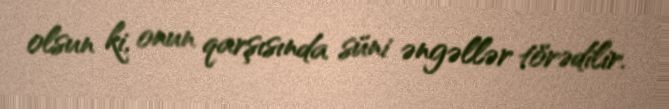
olsun ki, onun qarşısında süni əngəllər törədilir.